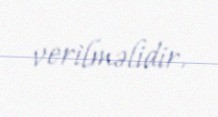
verilməlidir.